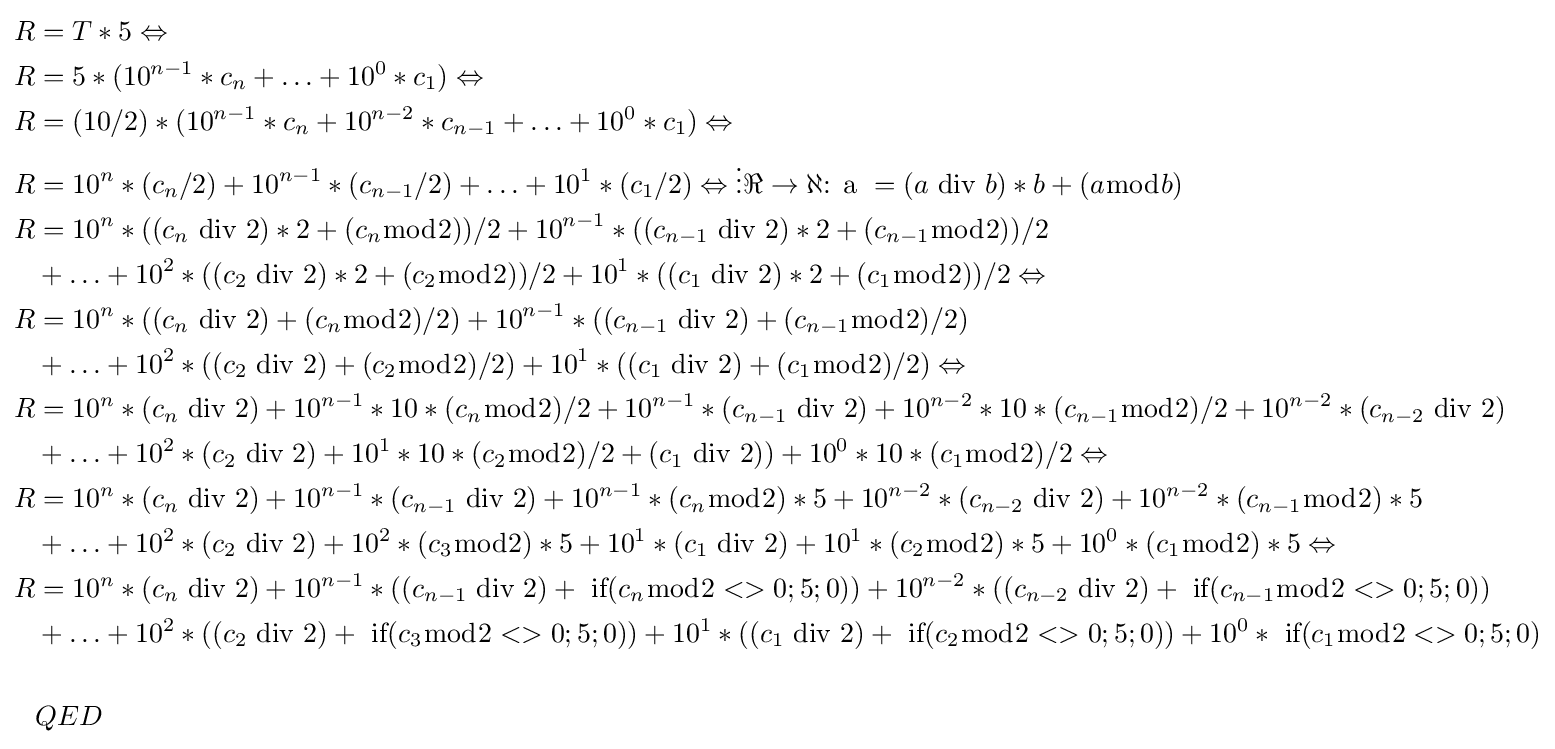
{\begin{aligned}R&=T*5\Leftrightarrow \\R&=5*(10^{n-1}*c_{n}+\ldots +10^{0}*c_{1})\Leftrightarrow \\R&=(10/2)*(10^{n-1}*c_{n}+10^{n-2}*c_{n-1}+\ldots +10^{0}*c_{1})\Leftrightarrow \\R&=10^{n}*(c_{n}/2)+10^{n-1}*(c_{n-1}/2)+\ldots +10^{1}*(c_{1}/2)\Leftrightarrow \vdots \Re \to \aleph {\text{: a }}=(a{\text{ div }}b)*b+(a{\bmod {b}})\\R&=10^{n}*((c_{n}{\text{ div }}2)*2+(c_{n}{\bmod {2}}))/2+10^{n-1}*((c_{n-1}{\text{ div }}2)*2+(c_{n-1}{\bmod {2}}))/2\\&+\ldots +10^{2}*((c_{2}{\text{ div }}2)*2+(c_{2}{\bmod {2}}))/2+10^{1}*((c_{1}{\text{ div }}2)*2+(c_{1}{\bmod {2}}))/2\Leftrightarrow \\R&=10^{n}*((c_{n}{\text{ div }}2)+(c_{n}{\bmod {2}})/2)+10^{n-1}*((c_{n-1}{\text{ div }}2)+(c_{n-1}{\bmod {2}})/2)\\&+\ldots +10^{2}*((c_{2}{\text{ div }}2)+(c_{2}{\bmod {2}})/2)+10^{1}*((c_{1}{\text{ div }}2)+(c_{1}{\bmod {2}})/2)\Leftrightarrow \\R&=10^{n}*(c_{n}{\text{ div }}2)+10^{n-1}*10*(c_{n}{\bmod {2}})/2+10^{n-1}*(c_{n-1}{\text{ div }}2)+10^{n-2}*10*(c_{n-1}{\bmod {2}})/2+10^{n-2}*(c_{n-2}{\text{ div }}2)\\&+\ldots +10^{2}*(c_{2}{\text{ div }}2)+10^{1}*10*(c_{2}{\bmod {2}})/2+(c_{1}{\text{ div }}2))+10^{0}*10*(c_{1}{\bmod {2}})/2\Leftrightarrow \\R&=10^{n}*(c_{n}{\text{ div }}2)+10^{n-1}*(c_{n-1}{\text{ div }}2)+10^{n-1}*(c_{n}{\bmod {2}})*5+10^{n-2}*(c_{n-2}{\text{ div }}2)+10^{n-2}*(c_{n-1}{\bmod {2}})*5\\&+\ldots +10^{2}*(c_{2}{\text{ div }}2)+10^{2}*(c_{3}{\bmod {2}})*5+10^{1}*(c_{1}{\text{ div }}2)+10^{1}*(c_{2}{\bmod {2}})*5+10^{0}*(c_{1}{\bmod {2}})*5\Leftrightarrow \\R&=10^{n}*(c_{n}{\text{ div }}2)+10^{n-1}*((c_{n-1}{\text{ div }}2)+{\text{ if}}(c_{n}{\bmod {2}}<>0;5;0))+10^{n-2}*((c_{n-2}{\text{ div }}2)+{\text{ if}}(c_{n-1}{\bmod {2}}<>0;5;0))\\&+\ldots +10^{2}*((c_{2}{\text{ div }}2)+{\text{ if}}(c_{3}{\bmod {2}}<>0;5;0))+10^{1}*((c_{1}{\text{ div }}2)+{\text{ if}}(c_{2}{\bmod {2}}<>0;5;0))+10^{0}*{\text{ if}}(c_{1}{\bmod {2}}<>0;5;0)\\\\&QED\end{aligned}}